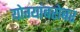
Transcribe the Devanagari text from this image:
योग्यांबरोबर